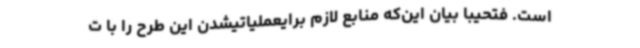
است. فتحیبا بیان این‌که منابع لازم برایعملیاتیشدن این طرح را با ت